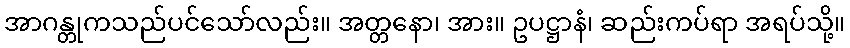
အာဂန္တုကသည်ပင်သော်လည်း။ အတ္တနော၊ အား။ ဥပဋ္ဌာနံ၊ ဆည်းကပ်ရာ အရပ်သို့။